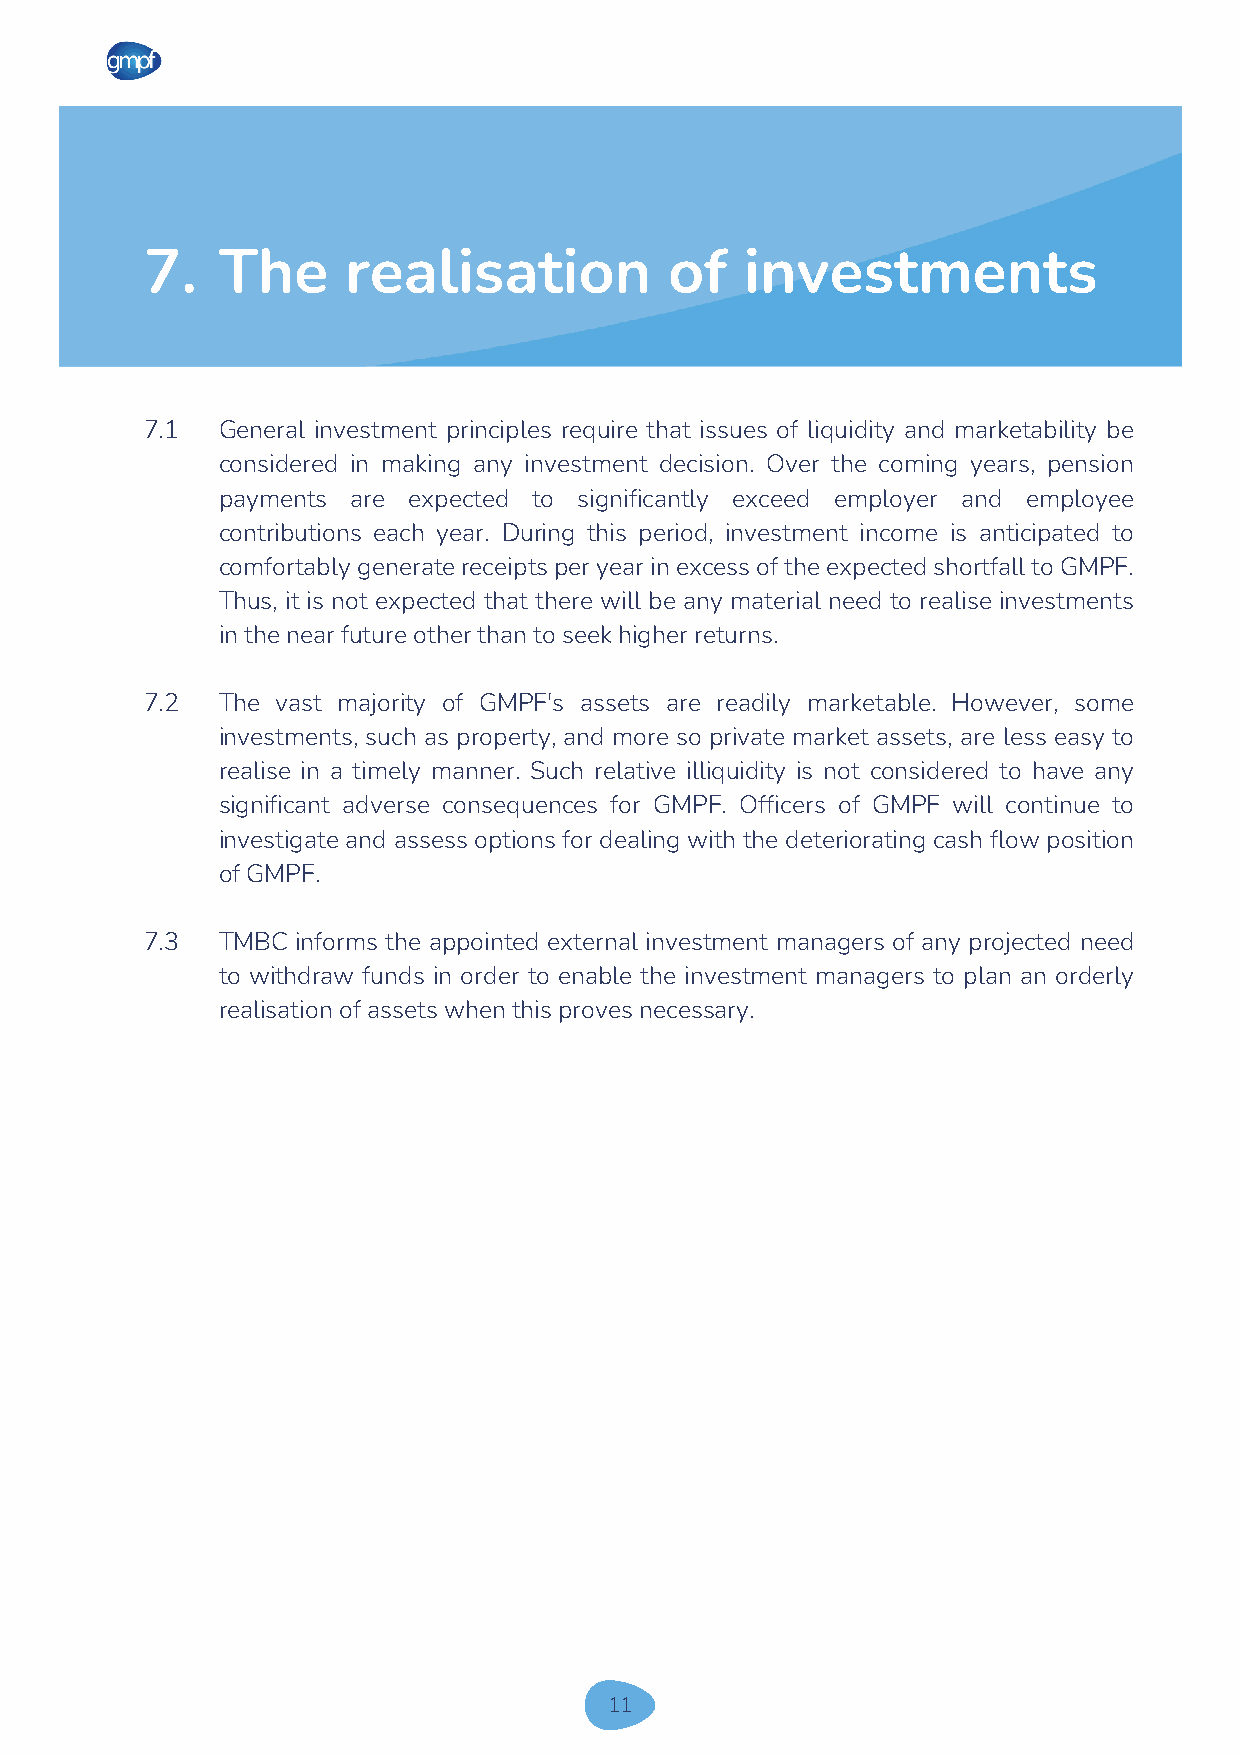
7.  The      realisation          of   investments
 7.1 General investment principles require that issues of liquidity and marketability be
 considered in making any investment decision. Over the coming years, pension
 payments are expected to significantly exceed employer and employee
 contributions each year. During this period, investment income is anticipated to
 comfortably generate receipts per year in excess of the expected shortfall to GMPF.
 Thus, it is not expected that there will be any material need to realise investments
 in the near future other than to seek higher returns.
 7.2 The vast majority of GMPF's assets are readily marketable. However, some
 investments, such as property, and more so private market assets, are less easy to
 realise in a timely manner. Such relative illiquidity is not considered to have any
 significant adverse consequences for GMPF. Officers of GMPF will continue to
 investigate and assess options for dealing with the deteriorating cash flow position
 of GMPF.
 7.3 TMBC  informs the appointed external investment managers of any projected need
 to withdraw funds in order to enable the investment managers to plan an orderly
 realisation of assets when this proves necessary.
 11